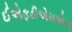
ઈએફડીએસએસ